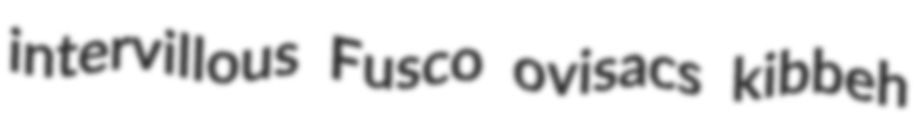
intervillous Fusco ovisacs kibbeh